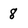
Character: 8